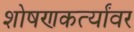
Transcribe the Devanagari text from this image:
शोषणकर्त्यांवर